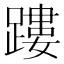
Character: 𨄜